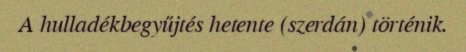
A hulladékbegyűjtés hetente (szerdán) történik.